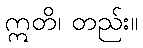
ဣတိ၊ တည်း။